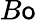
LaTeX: B\mathsf{o}